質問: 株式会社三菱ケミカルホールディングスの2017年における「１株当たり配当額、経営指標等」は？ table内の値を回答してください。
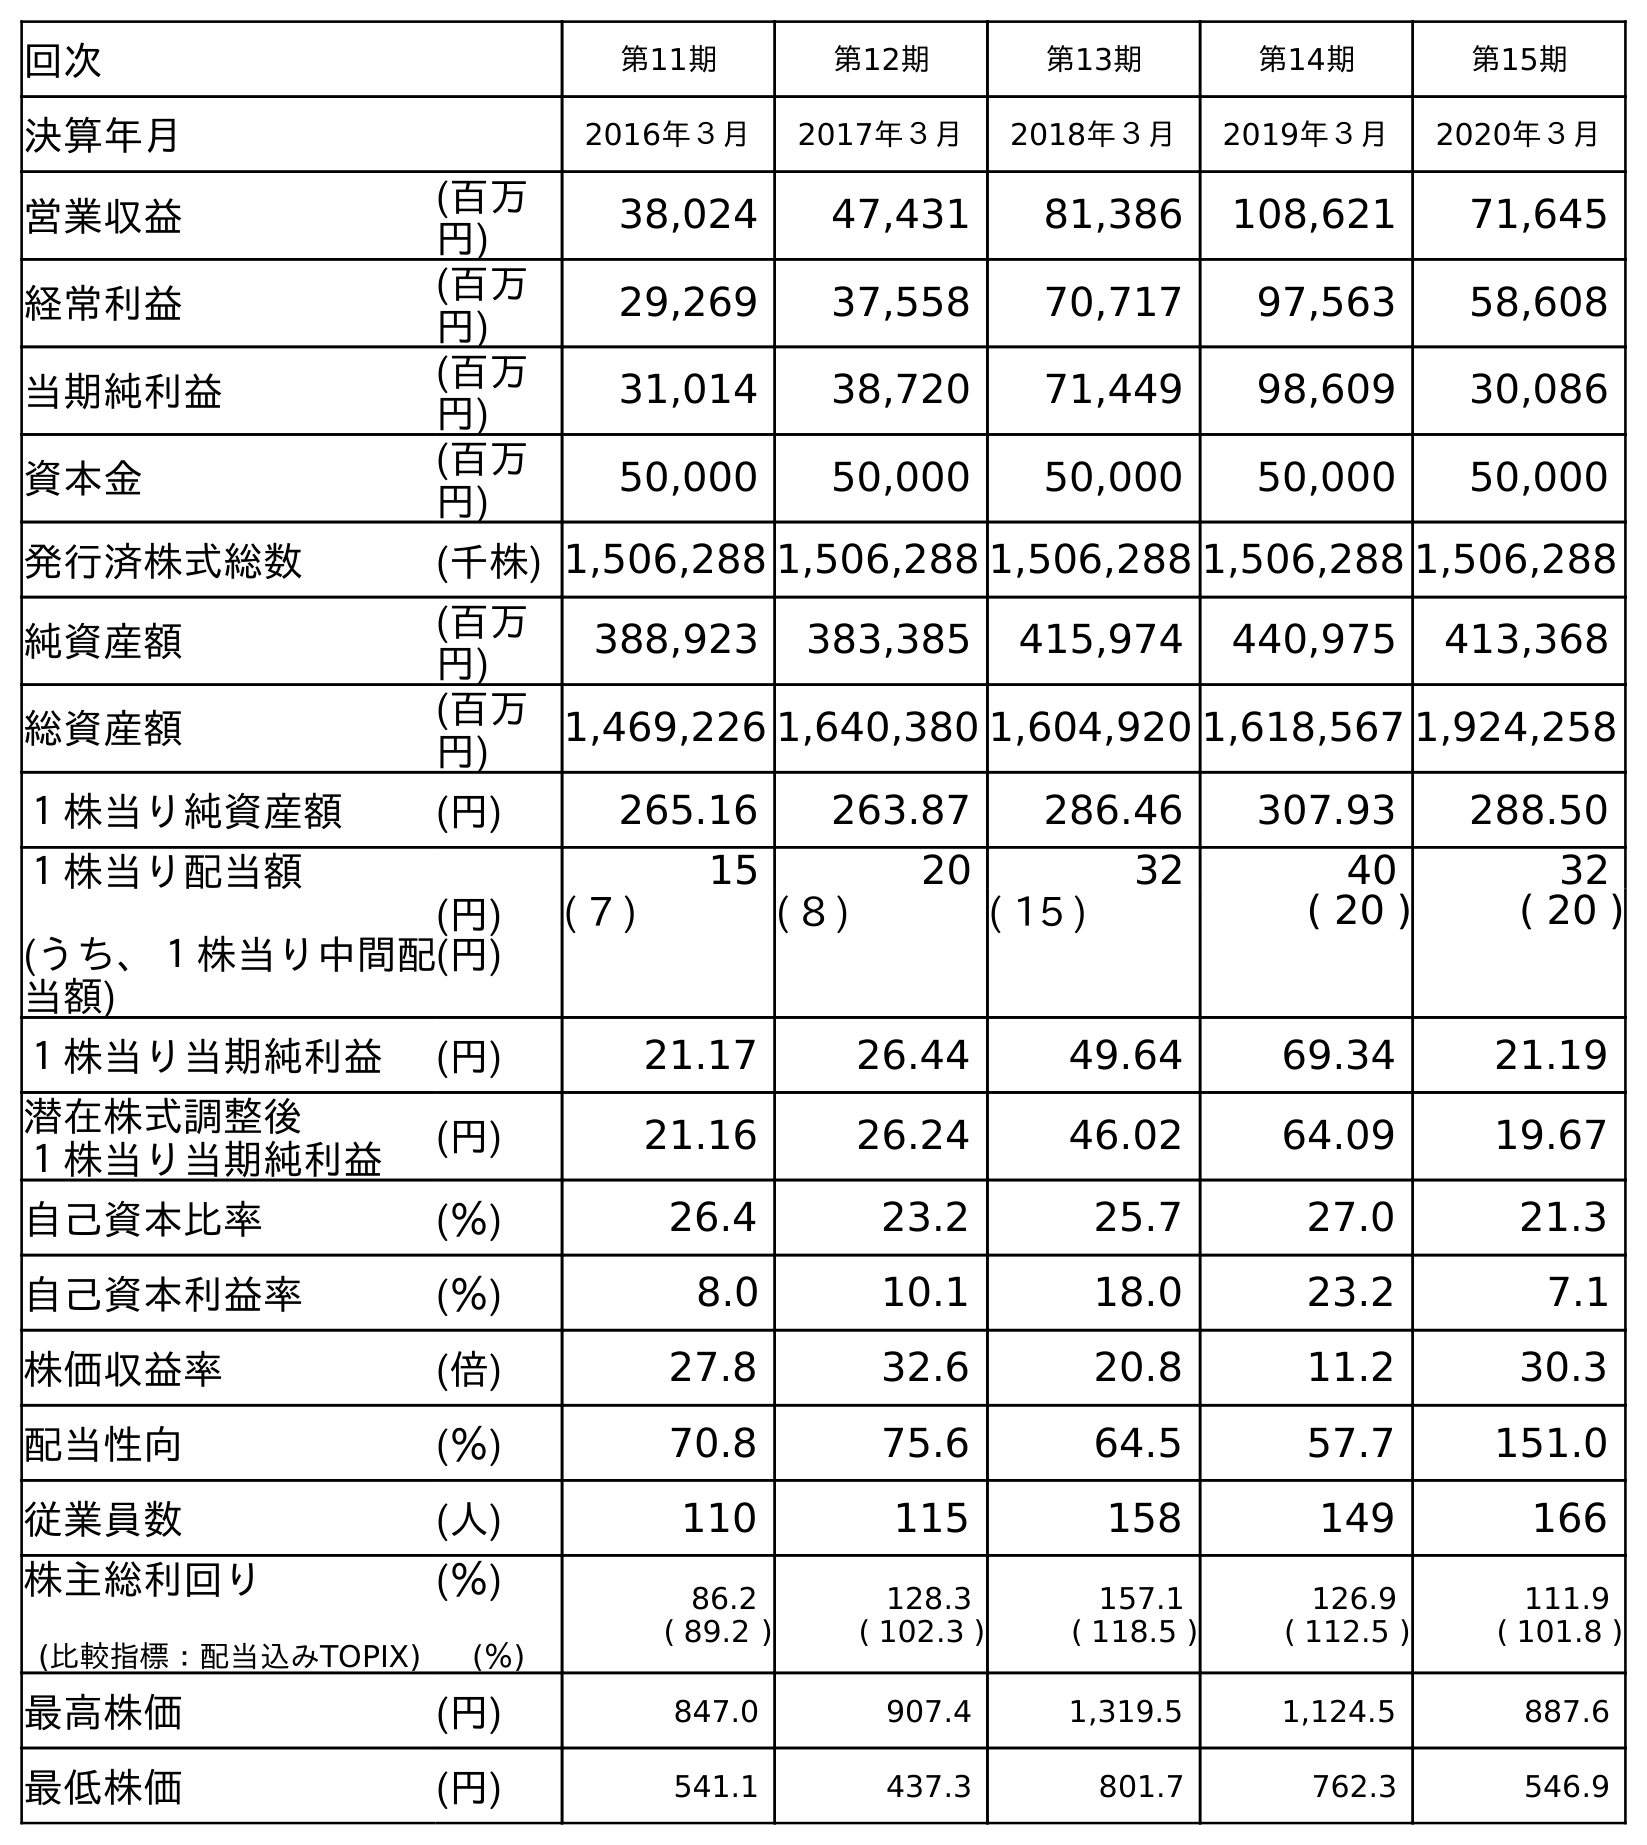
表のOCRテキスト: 回次 第11期 第12期 第13期 第14期 第15期 決算年月 2016年３月 2017年３月 2018年３月 2019年３月 2020年３月 営業収益 (百万 円) 38,024 47,431 81,386 108,621 71,645 経常利益 (百万 円) 29,269 37,558 70,717 97,563 58,608 当期純利益 (百万 円) 31,014 38,720 71,449 98,609 30,086 資本金 (百万 円) 50,000 50,000 50,000 50,000 50,000 発行済株式総数 (千株) 1,506,288 1,506,288 1,506,288 1,506,288 1,506,288 純資産額 (百万 円) 388,923 383,385 415,974 440,975 413,368 総資産額 (百万 円) 1,469,226 1,640,380 1,604,920 1,618,567 1,924,258 １株当り純資産額 (円) 265.16 263.87 286.46 307.93 288.50 １株当り配当額 (うち、１株当り中間配 当額) (円) (円) 15 20 32 40 32 ( 7 ) ( 8 ) ( 15 ) ( 20 ) ( 20 ) １株当り当期純利益 (円) 21.17 26.44 49.64 69.34 21.19 潜在株式調整後 １株当り当期純利益 (円) 21.16 26.24 46.02 64.09 19.67 自己資本比率 (％) 26.4 23.2 25.7 27.0 21.3 自己資本利益率 (％) 8.0 10.1 18.0 23.2 7.1 株価収益率 (倍) 27.8 32.6 20.8 11.2 30.3 配当性向 (％) 70.8 75.6 64.5 57.7 151.0 従業員数 (人) 110 115 158 149 166 株主総利回り (比較指標：配当込みTOPIX) (％) (％) 86.2 ( 89.2 ) 128.3 ( 102.3 ) 157.1 ( 118.5 ) 126.9 ( 112.5 ) 111.9 ( 101.8 ) 最高株価 (円) 847.0 907.4 1,319.5 1,124.5 887.6 最低株価 (円) 541.1 437.3 801.7 762.3 546.9
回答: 20